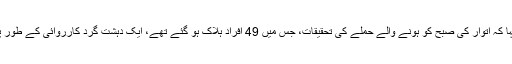
صدر اوباما نے کہا کہ اتوار کی صبح کو ہونے والے حملے کی تحقیقات، جس میں 49 افراد ہلاک ہو گئے تھے، ایک دہشت گرد کارروائی کے طور پر کی جا رہی ہیں۔